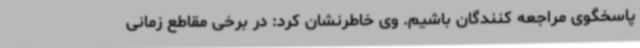
پاسخگوی مراجعه کنندگان باشیم. وی خاطرنشان کرد: در برخی مقاطع زمانی